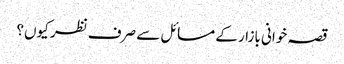
قصہ خوانی بازار کے مسائل سے صرف نظر کیوں؟